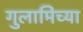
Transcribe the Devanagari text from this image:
गुलामिच्या